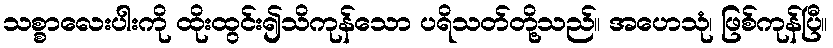
သစ္စာလေးပါးကို ထိုးထွင်း၍သိကုန်သော ပရိသတ်တို့သည်။ အဟေသုံ၊ ဖြစ်ကုန်ပြီ။